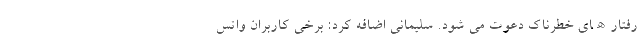
رفتارھای خطرناک دعوت می شود. سلیمانی اضافه کرد: برخی کاربران واتس